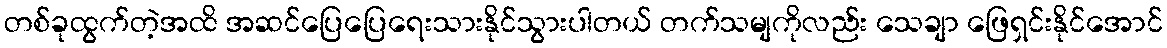
တစ်ခုထွက်တဲ့အထိ အဆင်ပြေပြေရေးသားနိုင်သွားပါတယ် တက်သမျကိုလည်း သေချာ ဖြေရှင်းနိုင်အောင်